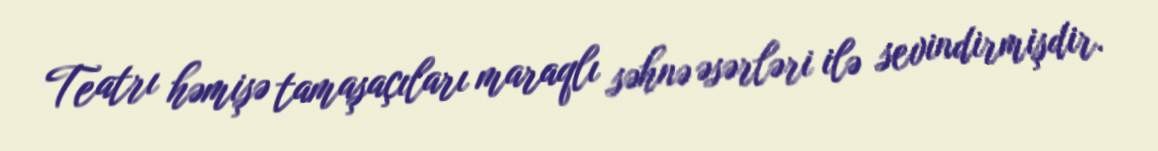
Teatrı həmişə tamaşaçıları maraqlı səhnə əsərləri ilə sevindirmişdir.